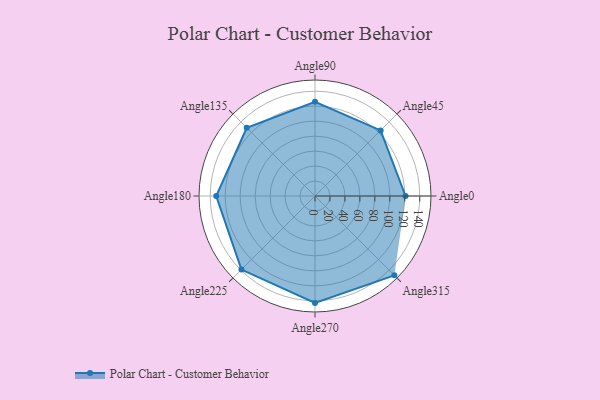
{"axis": {"x": "Angle", "y": "Radius"}, "legend": [""], "data": [{"x": "Angle0", "y": 121.0, "type": ""}, {"x": "Angle45", "y": 124.0, "type": ""}, {"x": "Angle90", "y": 126.0, "type": ""}, {"x": "Angle135", "y": 129.0, "type": ""}, {"x": "Angle180", "y": 132.0, "type": ""}, {"x": "Angle225", "y": 139.0, "type": ""}, {"x": "Angle270", "y": 143.0, "type": ""}, {"x": "Angle315", "y": 150.0, "type": ""}]}